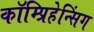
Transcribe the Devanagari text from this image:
कॉम्प्रिहेन्सिंग